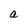
Character: a